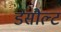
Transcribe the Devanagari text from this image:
डेसौल्ट